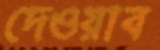
দেওয়াব